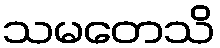
သမတေသိ